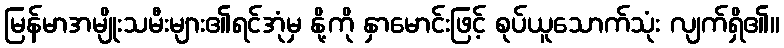
မြန်မာအမျိုးသမီးများ၏ရင်အုံမှ နို့ကို နှာမောင်းဖြင့် စုပ်ယူသောက်သုံး လျက်ရှိ၏။